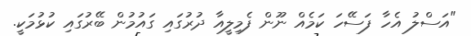
"އަސްލު އެހާ ފަސޭހަ ކަމެއް ނޫން ފެމިލީއާ ދުރުގައި ގައުމުން ބޭރުގައި ކުޅުމަކީ.